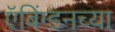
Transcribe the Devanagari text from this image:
ऍबिंग्डनच्या